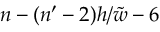
n - ( n ^ { \prime } - 2 ) h / \tilde { w } - 6